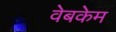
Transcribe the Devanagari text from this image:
वेबकेम